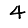
Digit: 4